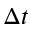
\Delta t